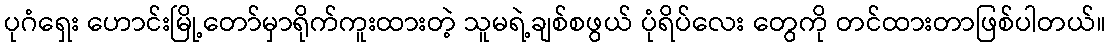
ပုဂံရှေး ဟောင်းမြို့တော်မှာရိုက်ကူးထားတဲ့ သူမရဲ့ချစ်စဖွယ် ပုံရိပ်လေး တွေကို တင်ထားတာဖြစ်ပါတယ်။